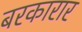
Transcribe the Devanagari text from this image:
बरकारार